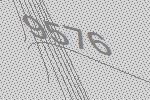
9576